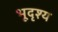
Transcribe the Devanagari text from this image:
भूदृश्‍य